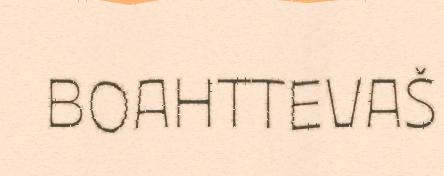
BOAHTTEVAŠ